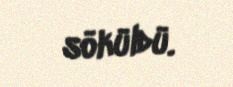
söküldü.